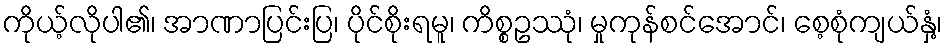
ကိုယ့်လိုပါ၏၊ အာဏာပြင်းပြ၊ ပိုင်စိုးရမူ၊ ကိစ္စဥဿုံ၊ မှုကုန်စင်အောင်၊ စေ့စုံကျယ်နှံ့၊